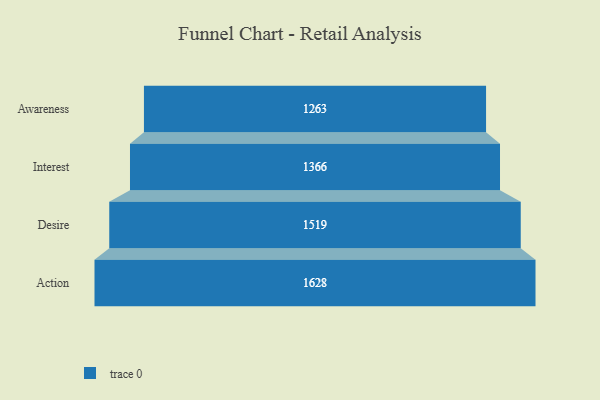
{"axis": {"x": "Stage", "y": "Value"}, "legend": [""], "data": [{"x": "Awareness", "y": 1263.0, "type": ""}, {"x": "Interest", "y": 1366.0, "type": ""}, {"x": "Desire", "y": 1519.0, "type": ""}, {"x": "Action", "y": 1628.0, "type": ""}]}